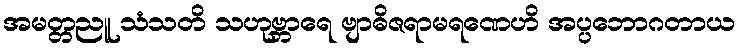
အမတ္တညူ သံသတိ သဟုဗ္ဘာရေ ဗျာဓိဇရာမရဏေဟိ အပ္ပဘောဂတာယ